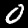
Digit: 0